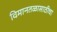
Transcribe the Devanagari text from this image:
विमानतळासाठीचा